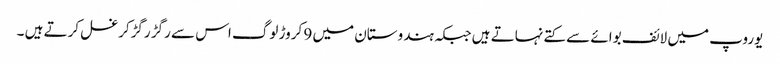
یوروپ میں لائف بوائے سے کتے نہاتے ہیں جبکہ ہندوستان میں 9 کروڑ لوگ اس سے رگڑ رگڑکرغسل کرتے ہیں ۔